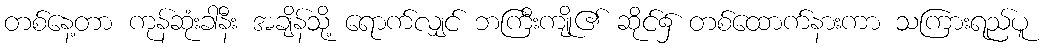
တစ်နေ့တာ ကုန်ဆုံးခါနီး အချိန်သို့ ရောက်လျှင် ဘကြီးကျို၏ ဆိုင်၌ တစ်ထောက်နားကာ သကြားရည်ပူ